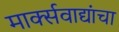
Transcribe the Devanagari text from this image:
मार्क्सवाद्यांचा